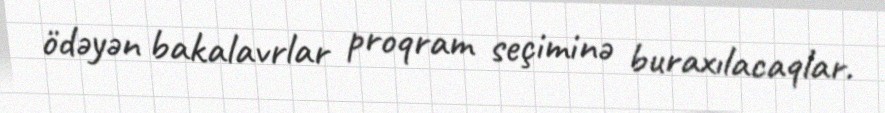
ödəyən bakalavrlar proqram seçiminə buraxılacaqlar.